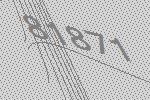
81871